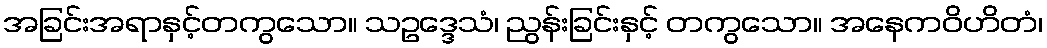
အခြင်းအရာနှင့်တကွသော။ သဥဒ္ဒေသံ၊ ညွန်းခြင်းနှင့် တကွသော။ အနေကဝိဟိတံ၊